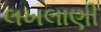
લખલાણી